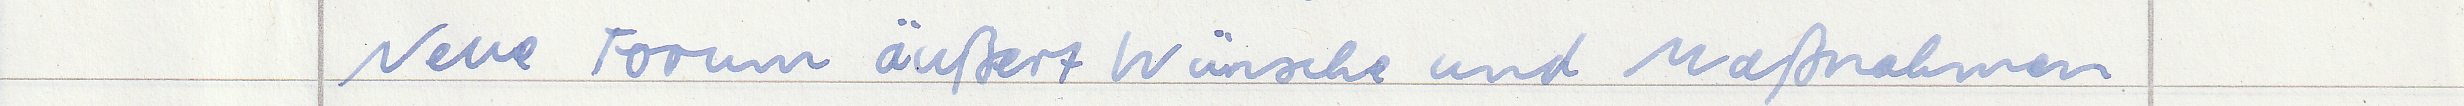
Neue Forum äußert Wünsche und Maßnahmen